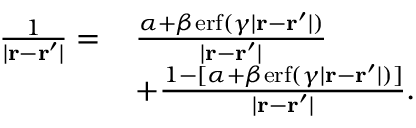
\begin{array} { r l } { \frac { 1 } { | \mathbf { r } - \mathbf { r } ^ { \prime } | } = \, } & { \frac { \alpha + \beta \mathrm { e r f } ( \gamma | \mathbf { r } - \mathbf { r } ^ { \prime } | ) } { | \mathbf { r } - \mathbf { r } ^ { \prime } | } } \\ & { + \frac { 1 - [ \alpha + \beta \mathrm { e r f } ( \gamma | \mathbf { r } - \mathbf { r } ^ { \prime } | ) ] } { | \mathbf { r } - \mathbf { r } ^ { \prime } | } . } \end{array}